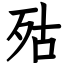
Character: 㱠